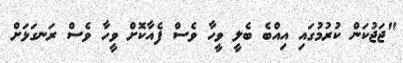
"ޖަޖުކަން ކުރުމުގައި އިއްބެ ބެލީ ވީހާ ވެސް ފެއާކޮށް ވީހާ ވެސް ރަނގަޅަށް